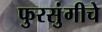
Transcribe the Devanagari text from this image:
फुरसुंगीचे